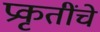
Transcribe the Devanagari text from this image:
प्रकृतींचे